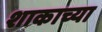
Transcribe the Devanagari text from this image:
शाकाच्या